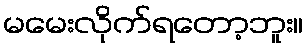
မမေးလိုက်ရတော့ဘူး။